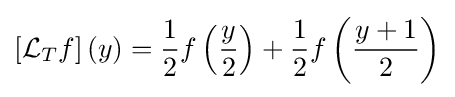
\left[{\mathcal {L}}_{T}f\right](y)={\frac {1}{2}}f\left({\frac {y}{2}}\right)+{\frac {1}{2}}f\left({\frac {y+1}{2}}\right)